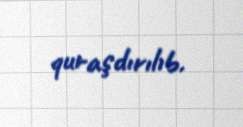
quraşdırılıb.